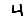
Digit: 4